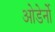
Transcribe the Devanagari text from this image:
ओडेर्नो